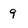
Character: 9